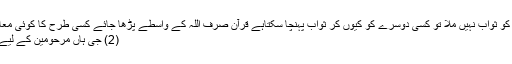
جب پڑھنے والوں کو ثواب نہیں ملا تو کسی دوسرے کو کیوں کر ثواب پہنچا سکتاہے قرآن صرف اللہ کے واسطے پڑھا جائے کسی طرح کا کوئی معاوضہ نہ لیا جائے.
(2) جی ہاں مرحومین کے لیے قربانی کرسکتے۔